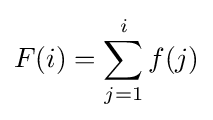
F(i)=\sum _{j=1}^{i}f(j)